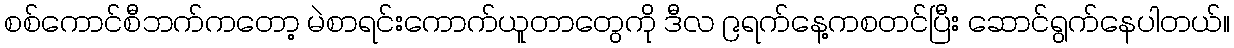
စစ်ကောင်စီဘက်ကတော့ မဲစာရင်းကောက်ယူတာတွေကို ဒီလ ၉ရက်နေ့ကစတင်ပြီး ဆောင်ရွက်နေပါတယ်။